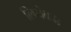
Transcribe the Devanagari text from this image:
लियेबढा